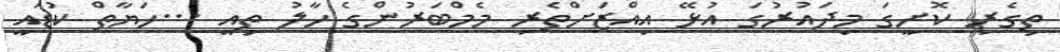
ތިގެރި ކޮށީގަ މިދައުރުގަ އުޅޭ އިއްޒަށްތެރި މެމްބަރުންގެ ހާލު ތިއީ ...ހަޔާތް ކުޑައީ